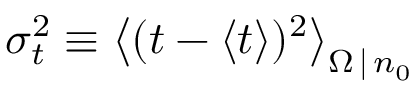
\sigma _ { t } ^ { 2 } \equiv \left\langle ( t - \langle t \rangle ) ^ { 2 } \right\rangle _ { \Omega \, | \, n _ { 0 } }